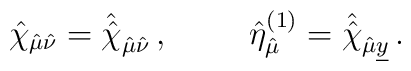
\hat{\chi}_{\hat{\mu}\hat{\nu}} =\hat{\hat{\chi}}_{\hat{\mu}\hat{\nu}}\, ,\hspace{1cm}\hat{\eta}^{(1)}_{\hat{\mu}} =\hat{\hat{\chi}}_{\hat{\mu}\underline{y}}\, .